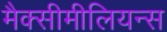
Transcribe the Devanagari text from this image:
मैक्सीमीलियन्स